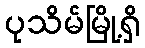
ပုသိမ်မြို့ရှိ